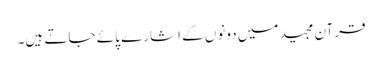
قرآن مجید میں دونوں کے اشارے پائے جاتے ہیں۔